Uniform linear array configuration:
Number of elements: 4
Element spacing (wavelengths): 0.75
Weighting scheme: kaiser
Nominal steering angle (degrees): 60
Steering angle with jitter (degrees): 58.896
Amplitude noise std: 0.05
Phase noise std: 0.05

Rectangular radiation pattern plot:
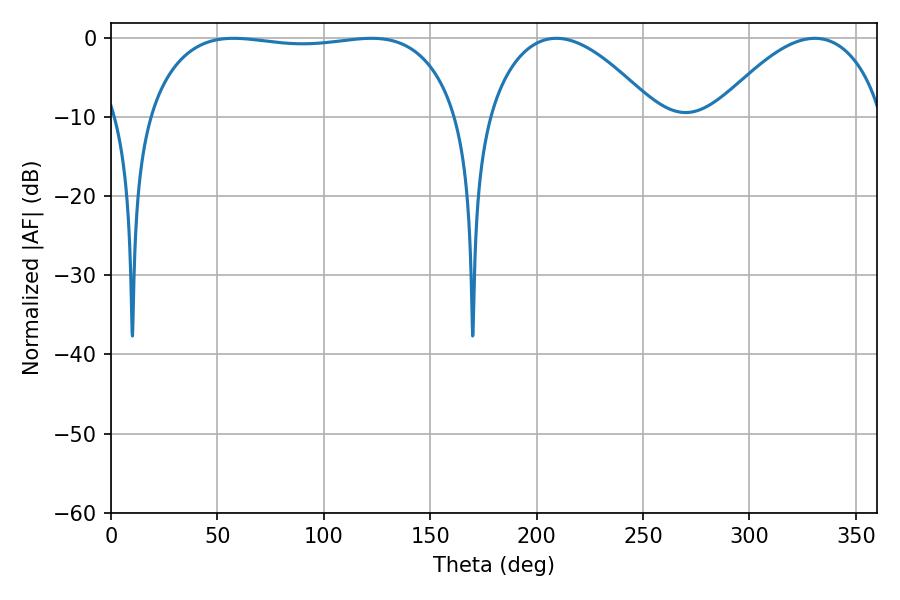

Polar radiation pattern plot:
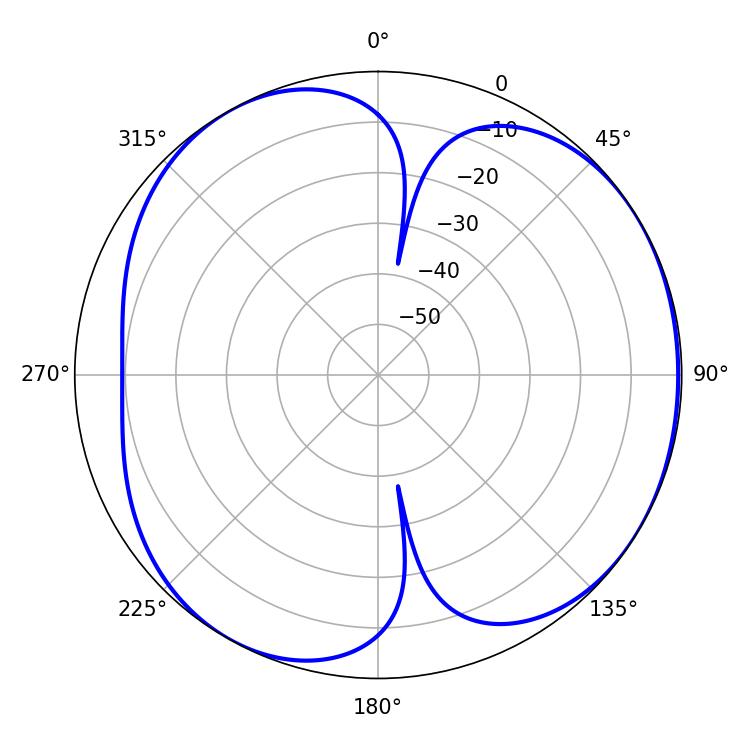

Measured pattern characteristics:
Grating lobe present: TRUE
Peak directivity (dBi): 4.72
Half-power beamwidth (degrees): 116.28
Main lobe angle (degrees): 57.6